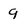
Character: 9